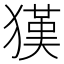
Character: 𤡉